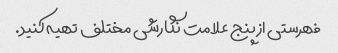
فهرستی از پنج علامت نگارشی مختلف تهیه کنید.